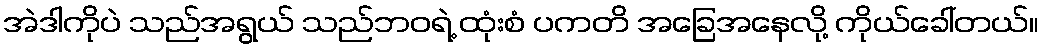
အဲဒါကိုပဲ သည်အရွယ် သည်ဘဝရဲ့ ထုံးစံ ပကတိ အခြေအနေလို့ ကိုယ်ခေါ်တယ်။